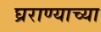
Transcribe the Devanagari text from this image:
घ्रराण्याच्या